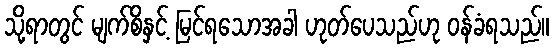
သို့ရာတွင် မျက်စိနှင့် မြင်ရသောအခါ ဟုတ်ပေသည်ဟု ဝန်ခံရသည်။